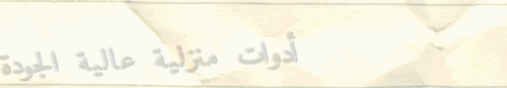
أدوات منزلية عالية الجودة